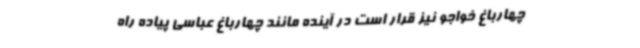
چهارباغ خواجو نیز قرار است در آینده مانند چهارباغ عباسی پیاده راه